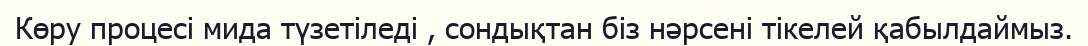
Көру процесі мида түзетіледі , сондықтан біз нәрсені тікелей қабылдаймыз.